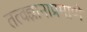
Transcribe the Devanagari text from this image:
तत्वज्ञानाप्रमाणे